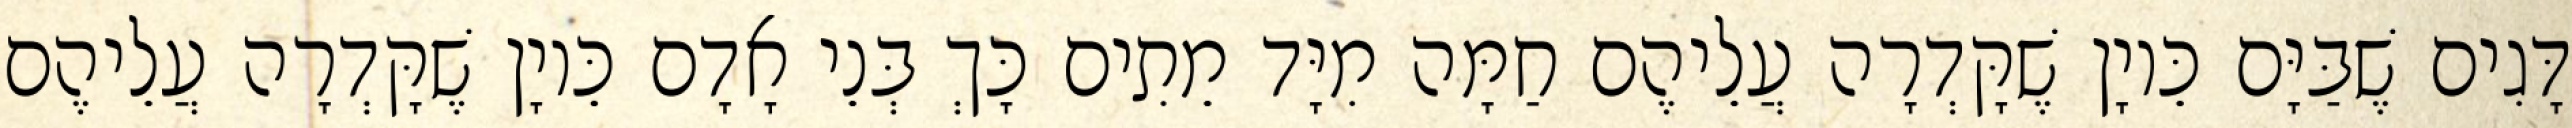
דָּגִים שֶׁבַּיָּם כֵּיוָן שֶׁקָּדְרָה עֲלֵיהֶם חַמָּה מִיָּד מֵתִים כָּךְ בְּנֵי אָדָם כֵּיוָן שֶׁקָּדְרָה עֲלֵיהֶם